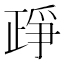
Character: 𰁔